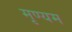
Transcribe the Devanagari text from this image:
मृण्यम